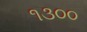
૧૩૦૦